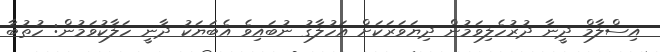
އިސްލާމް ދީނާ ދުރުހެލިވަމުން ދިޔަވަރަކަށް އަހުލާގު ނުބައިވެ އެބަޔަކު ދާނީ ހަލާކުވަމުން: ހުތުބާ